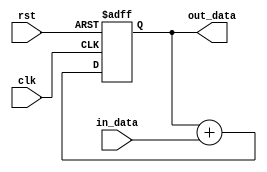
module fixed_point_accumulator(
    input wire clk,
    input wire rst,
    input wire [15:0] in_data,
    output reg [15:0] out_data
);

reg [15:0] accumulator;

always @(posedge clk or posedge rst) begin
    if (rst) begin
        accumulator <= 16'h0000;
    end else begin
        accumulator <= accumulator + in_data;
    end
end

assign out_data = accumulator;

endmodule